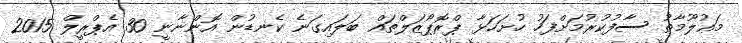
މަޢުލޫމާތު ސާފުކުރުމަށްފަހު ހުށަހަޅާ ޕްރޮޕޯޒަލްތައް ބަލައިގަނެ ކެނޑުން އޮންނާނީ 30 އެޕްރީލް 2015